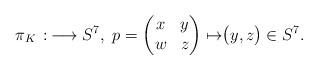
LaTeX: \begin{align*}&\pi_{K}\,:\,\longrightarrow S^{7}, ~p=\begin{pmatrix}x&y\\w&z\\\end{pmatrix}\mapsto \bigr(y, z\bigr)\in S^7.\end{align*}